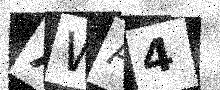
Text: XWA4